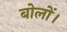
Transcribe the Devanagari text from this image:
बोलों।